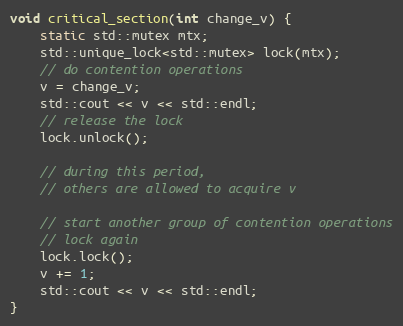
Language: C++
void critical_section(int change_v) {
    static std::mutex mtx;
    std::unique_lock<std::mutex> lock(mtx);
    // do contention operations
    v = change_v;
    std::cout << v << std::endl;
    // release the lock
    lock.unlock();

    // during this period,
    // others are allowed to acquire v

    // start another group of contention operations
    // lock again
    lock.lock();
    v += 1;
    std::cout << v << std::endl;
}